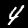
Label: 4